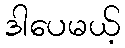
ဒါပေမယ့်